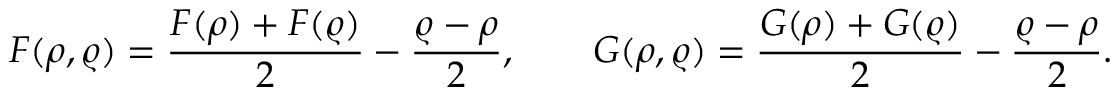
\boldsymbol { F } ( \boldsymbol { \rho } , \boldsymbol { \varrho } ) = \frac { \boldsymbol { F } ( \boldsymbol { \rho } ) + \boldsymbol { F } ( \boldsymbol { \varrho } ) } { 2 } - \frac { \boldsymbol { \varrho } - \boldsymbol { \rho } } { 2 } , \qquad \boldsymbol { G } ( \boldsymbol { \rho } , \boldsymbol { \varrho } ) = \frac { \boldsymbol { G } ( \boldsymbol { \rho } ) + \boldsymbol { G } ( \boldsymbol { \varrho } ) } { 2 } - \frac { \boldsymbol { \varrho } - \boldsymbol { \rho } } { 2 } .